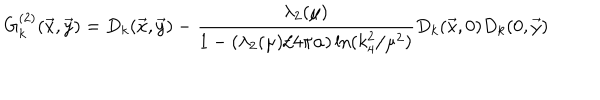
LaTeX: G _ { k } ^ { ( 2 ) } ( { \vec { x } } , { \vec { y } } ) = D _ { k } ( { \vec { x } } , { \vec { y } } ) - { \frac { \lambda _ { 2 } ( \mu ) } { 1 - ( \lambda _ { 2 } ( \mu ) / 4 \pi \alpha ) \ln ( k _ { 4 } ^ { 2 } / \mu ^ { 2 } ) } } D _ { k } ( { \vec { x } } , 0 ) D _ { k } ( 0 , { \vec { y } } )